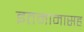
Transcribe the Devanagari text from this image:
इतमामासह